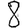
Digit: 8